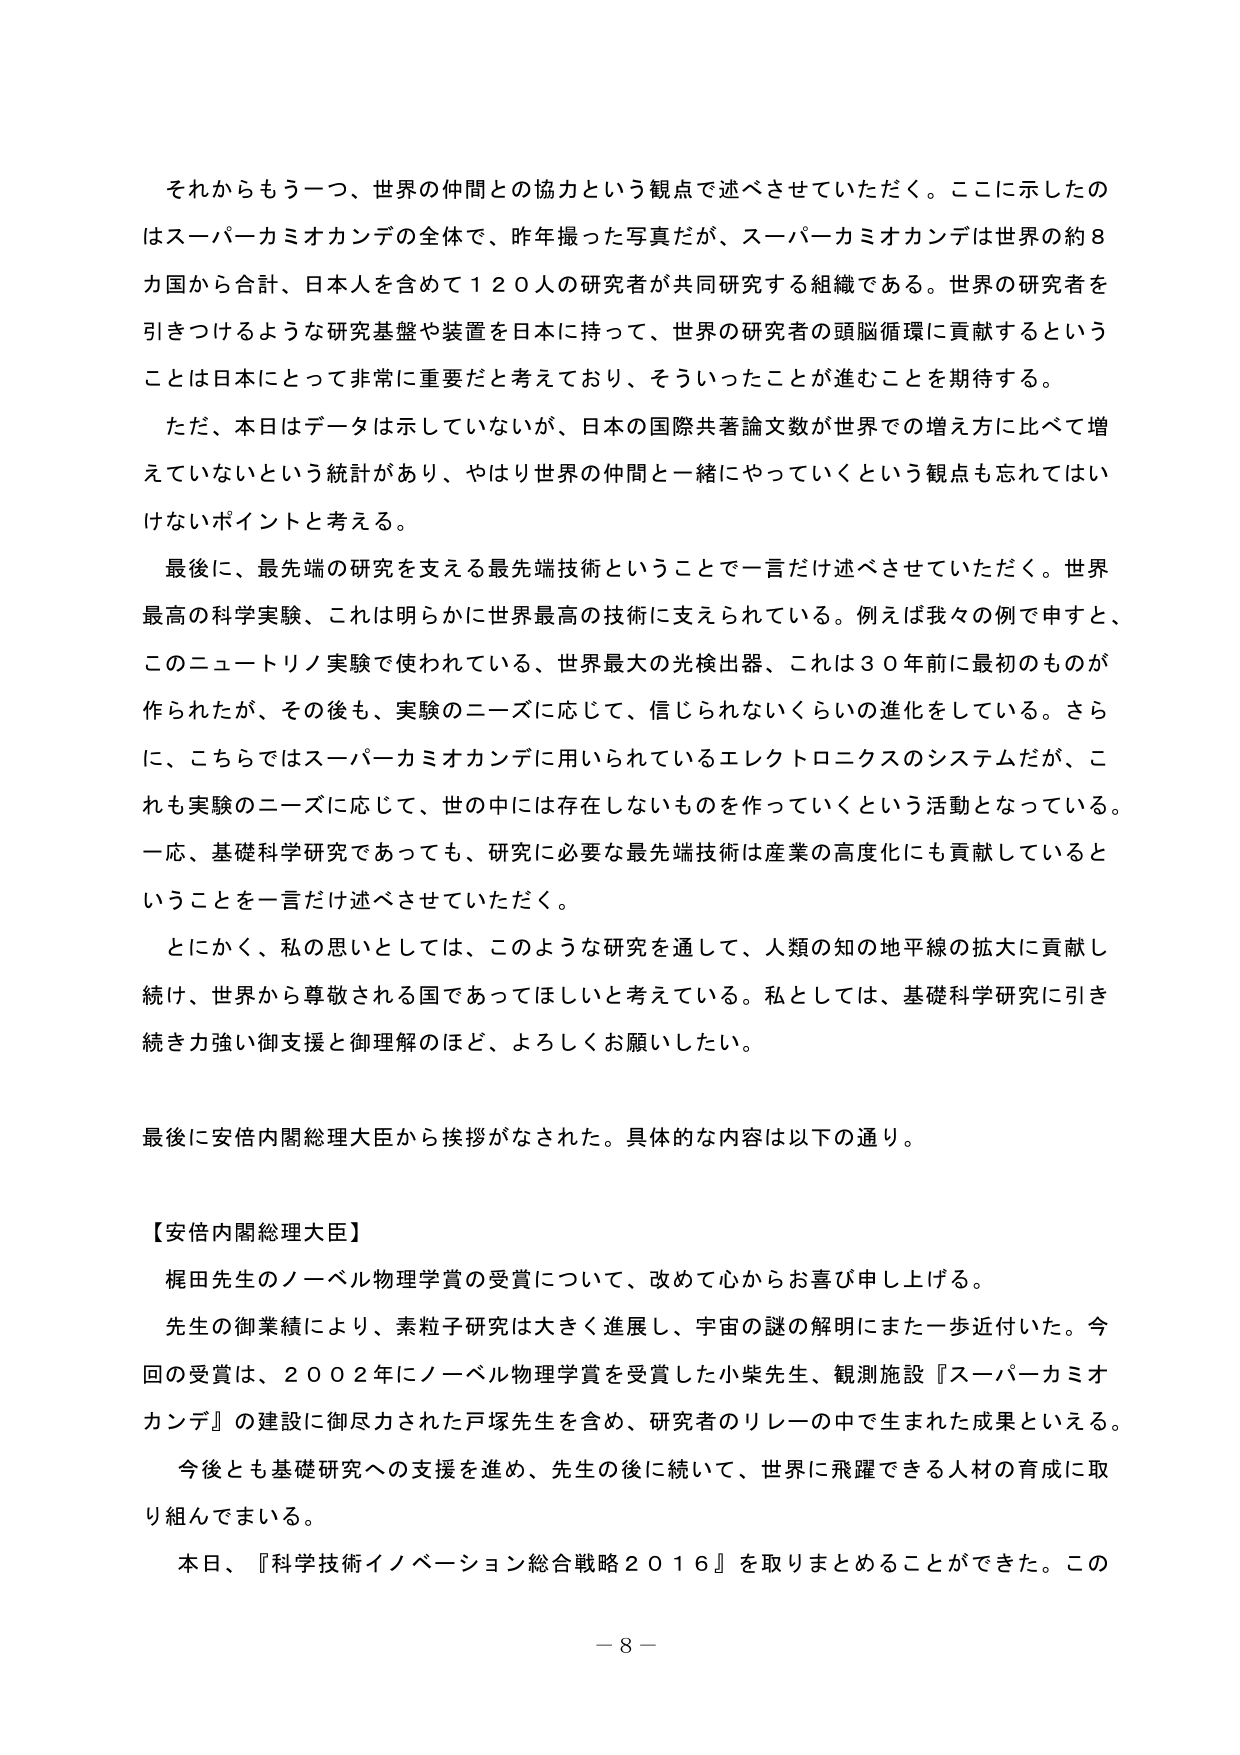
それからもう一つ、世界の仲間との協力という観点で述べさせていただく。ここに示したのはスーパーカミオカンデの全体で、昨年撮った写真だが、スーパーカミオカンデは世界の約８カ国から合計、日本人を含めて１２０人の研究者が共同研究する組織である。世界の研究者を引きつけるような研究基盤や装置を日本に持って、世界の研究者の頭脳循環に貢献することは日本にとって非常に重要だと考えており、そういったことが進むことを期待する。

ただ、本日はデータは示していないが、日本の国際共著論文数が世界での増え方に比べて増えていないという統計があり、やはり世界の仲間と一緒にやっていくという観点も忘れてはいけないポイントと考える。

最後に、最先端の研究を支える最先端技術ということで一言だけ述べさせていただく。世界最高の科学実験、これは明らかに世界最高の技術に支えられている。例えば我々の例で申すと、このニュートリノ実験で使われている、世界最大の光検出器、これは３０年前に最初のものが作られたが、その後も、実験のニーズに応じて、信じられないくらいの進化をしている。さらに、こちらではスーパーカミオカンデに用いられているエレクトロニクスのシステムだが、これも実験のニーズに応じて、世の中には存在しないものを作っていくという活動となっている。一応、基礎科学研究であっても、研究に必要な最先端技術は産業の高度化にも貢献しているということを一言だけ述べさせていただく。

とにかく、私の思いとしては、このような研究を通して、人類の知の地平線の拡大に貢献し続け、世界から尊敬される国であってほしいと考えている。私としては、基礎科学研究に引き続き力強い御支援と御理解のほど、よろしくお願いしたい。

最後に安倍内閣総理大臣から挨拶がなされた。具体的な内容は以下の通り。

【安倍内閣総理大臣】

梶田先生のノーベル物理学賞の受賞について、改めて心からお喜び申し上げる。

先生の御業績により、素粒子研究は大きく進展し、宇宙の謎の解明にまた一歩近付いた。今回の受賞は、２００２年にノーベル物理学賞を受賞した小柴先生、観測施設『スーパーカミオカンデ』の建設に御尽力された戸塚先生を含め、研究者のリレーの中で生まれた成果といえる。

今後とも基礎研究への支援を進め、先生の後に続いて、世界に飛躍できる人材の育成に取り組んでまいる。

本日、『科学技術イノベーション総合戦略２０１６』を取りまとめることが出来た。この

－ 8 －